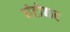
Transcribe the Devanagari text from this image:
घंटोबाद